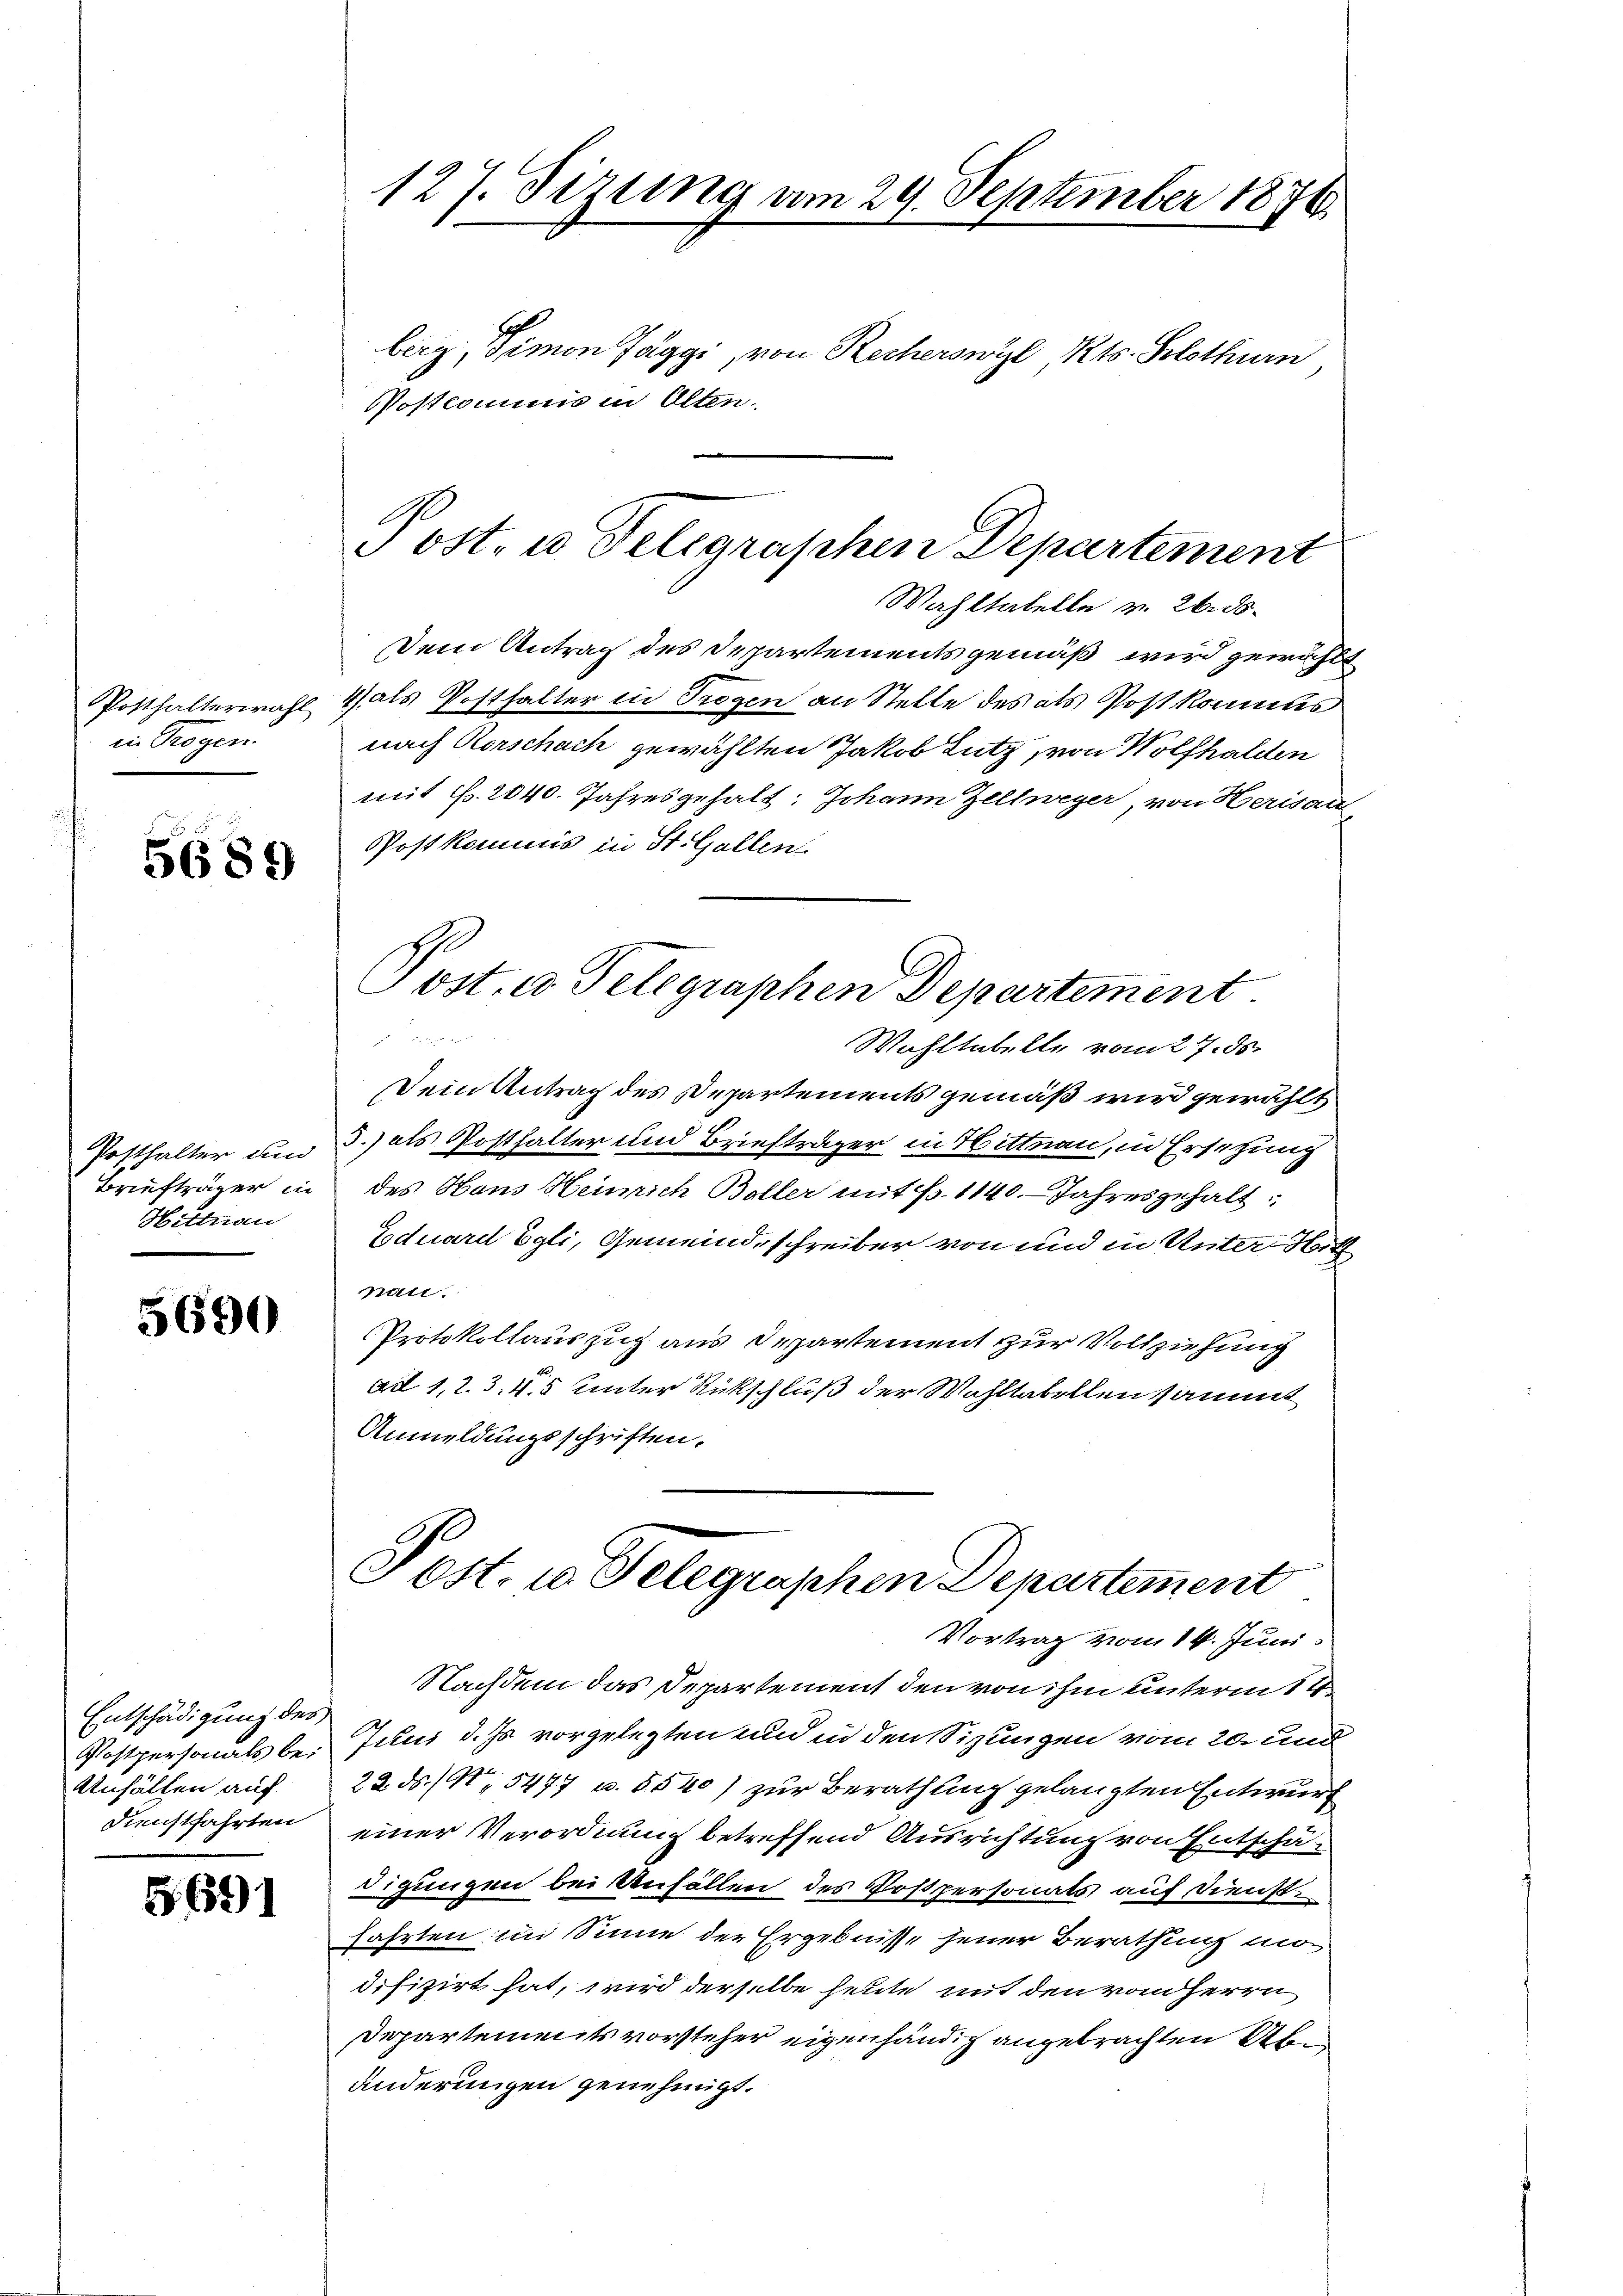
Posthalterwahl
in Trogen.

5689

Posthalter und
Briefträger in
Hittnau

5690

Entschädigung des
Postpersonals bei
Anfällen auf
Dienstfahrten

§691

127. Sizung vom 29. September 1876.
berg, Simon Folggi, von Recherswyl Kts. Solothurn
Postcommis in Alten.

Wahltabelle v. 26. ds.
Dem Antrag des Departements gemäß wird gewählt
4 als Posthalter in Trogen an Stelle des als Postkomms
nach Rorschach gewählten Jakob Lutz, von Wolfhalden
mit f. 2040. Jahresgehalt: Johann Zeltweger von Herisau
Postkommis in St. Gallen

Wohltabelle vom 27. ds.
Dein Antrag des Departements gemäß wird gewählt
3.) als Posthalter und Briefträger in Hittnau, in Ersetzung
des Hans Heinrich Boller mit P. 1140. Jahresgehalt
Eduard Egli, Gemeinde schreiber von und in Unter Hitz
nat.
Protokollauszug aus Departement zur Vollziehung
ad 1,2.3,45 Unter Rückschluß der Wohltabellen sammt
Anmeldungsschriften.
Post, u. Telegraphen Departement
Vortrag vom 14. Juni
Nachdem das Departement den von ihm unterm 14.
Juni d. Js. vorgelegten und in den Sizungen vom 20. und
22. ds. / 5477 u. 5540) zur Berathung gelangten Entwurf
einer Verordnung betreffend Ausrichtung von Entschädigungen bei Anfällen des Postpersonals auf Dienst
fahrten im Sinne der Ergebnisse jener Berathung modifizirt hat, wird derselbe heute mit den vom Herrn
Departements vorsteher eigenhändig angebrachten Über
änderungen genehmigt.

Post- u. Telegraphen Departement

ost. a Telegraphen Departement